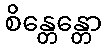
စိန္တေန္တော